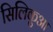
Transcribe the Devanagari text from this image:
सिलिकुआ